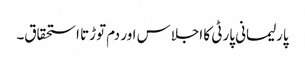
پارلیمانی پارٹی کا اجلاس اور دم توڑتا استحقاق۔